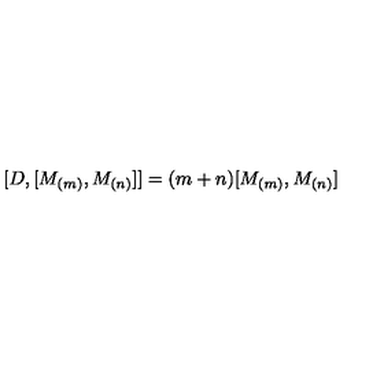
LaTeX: \lbrack D , [ M _ { ( m ) } , M _ { ( n ) } ] ] = ( m + n ) [ M _ { ( m ) } , M _ { ( n ) } ]